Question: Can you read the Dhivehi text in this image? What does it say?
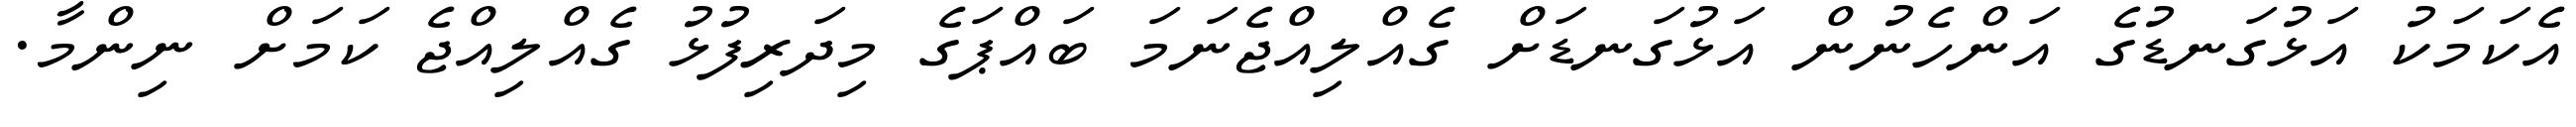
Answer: އެކަމަކު އަޅުގަނޑުގެ އަންހެނުން އަޅުގަނޑަށް ގެއްލިއްޖެނަމަ ބައްޕަގެ މިދަރިފުޅު ގެއްލިއްޖެ ކަމަށް ނިންމާ.